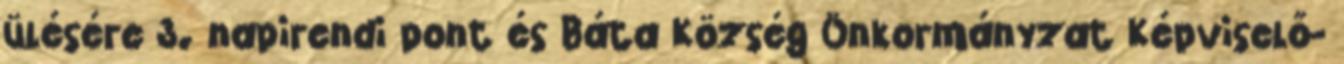
ülésére 3. napirendi pont és Báta Község Önkormányzat Képviselő-